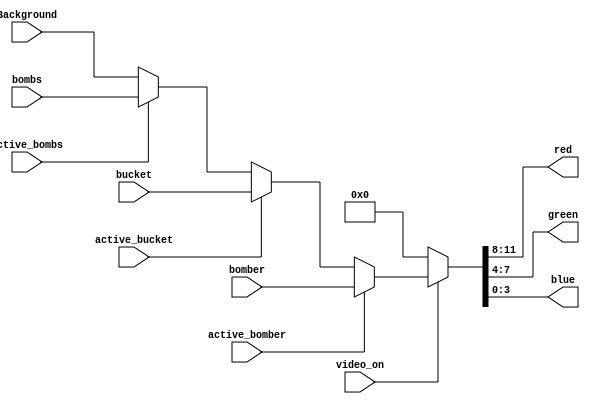
`timescale 1ns / 1ps
//////////////////////////////////////////////////////////////////////////////////
// Company: 
// Engineer: 
// 
// Design Name: 
// Module Name: vga_colorizer
// Project Name: 
// Target Devices: 
// Tool Versions: 
// Description: 
// 
// Dependencies: 
// 
// Revision:
// Revision 0.01 - File Created
// Additional Comments:
// 
//////////////////////////////////////////////////////////////////////////////////


module VGA( 
                    input           video_on,
                    input[11:0]     Background,
                    input[11:0]     bomber,
                    input[11:0]     bombs,
                    input[11:0]     bucket,
                    input           active_bomber, active_bucket, active_bombs,
                    output reg[3:0] red,
                    output reg[3:0] green,
                    output reg[3:0] blue           
    );
           
   always @(*) begin
        if(~video_on)  begin
            {red, green, blue} <= {4'b0000, 4'b0000, 4'b0000};
        end
        else if(active_bomber)
            {red, green, blue} <= bomber;
        else if(active_bucket)
            {red, green, blue} <= bucket;
        else if(active_bombs)
            {red, green, blue} <= bombs;
        else
            {red, green, blue} <= Background;
   end
    
endmodule